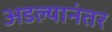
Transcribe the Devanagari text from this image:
अडल्यानंतर